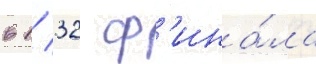
в 1/ 32 ф'ина́ла